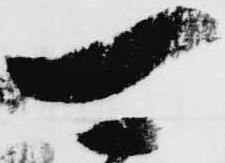
可